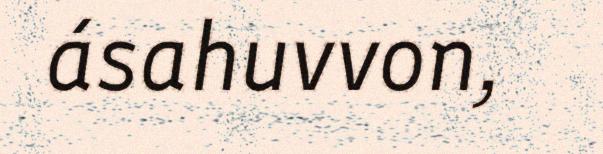
ásahuvvon,